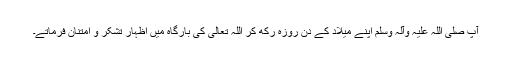
آپ صلی اللہ علیہ وآلہ وسلم اپنے میلاد کے دن روزہ رکھ کر اللہ تعالیٰ کی بارگاہ میں اِظہارِ تشکر و اِمتنان فرماتے۔